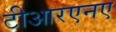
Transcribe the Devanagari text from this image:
टीआरएनए